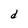
Character: d